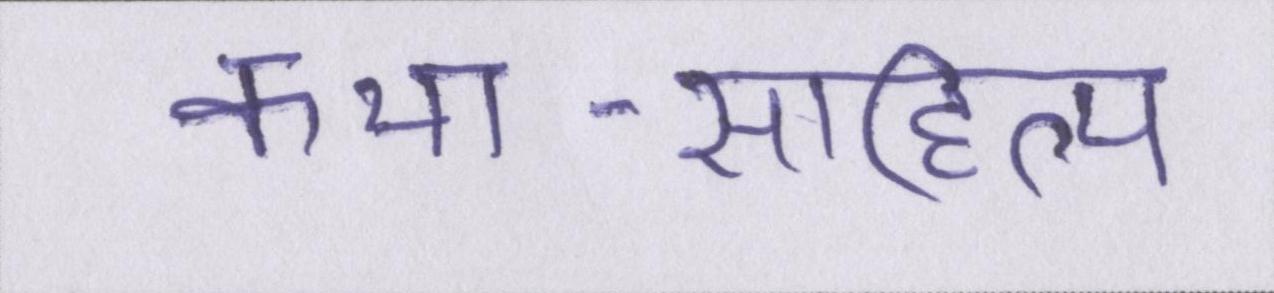
कथा-साहित्य